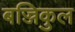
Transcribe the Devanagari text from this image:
बज्जिकुल